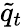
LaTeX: {\tilde{q}}_{t}